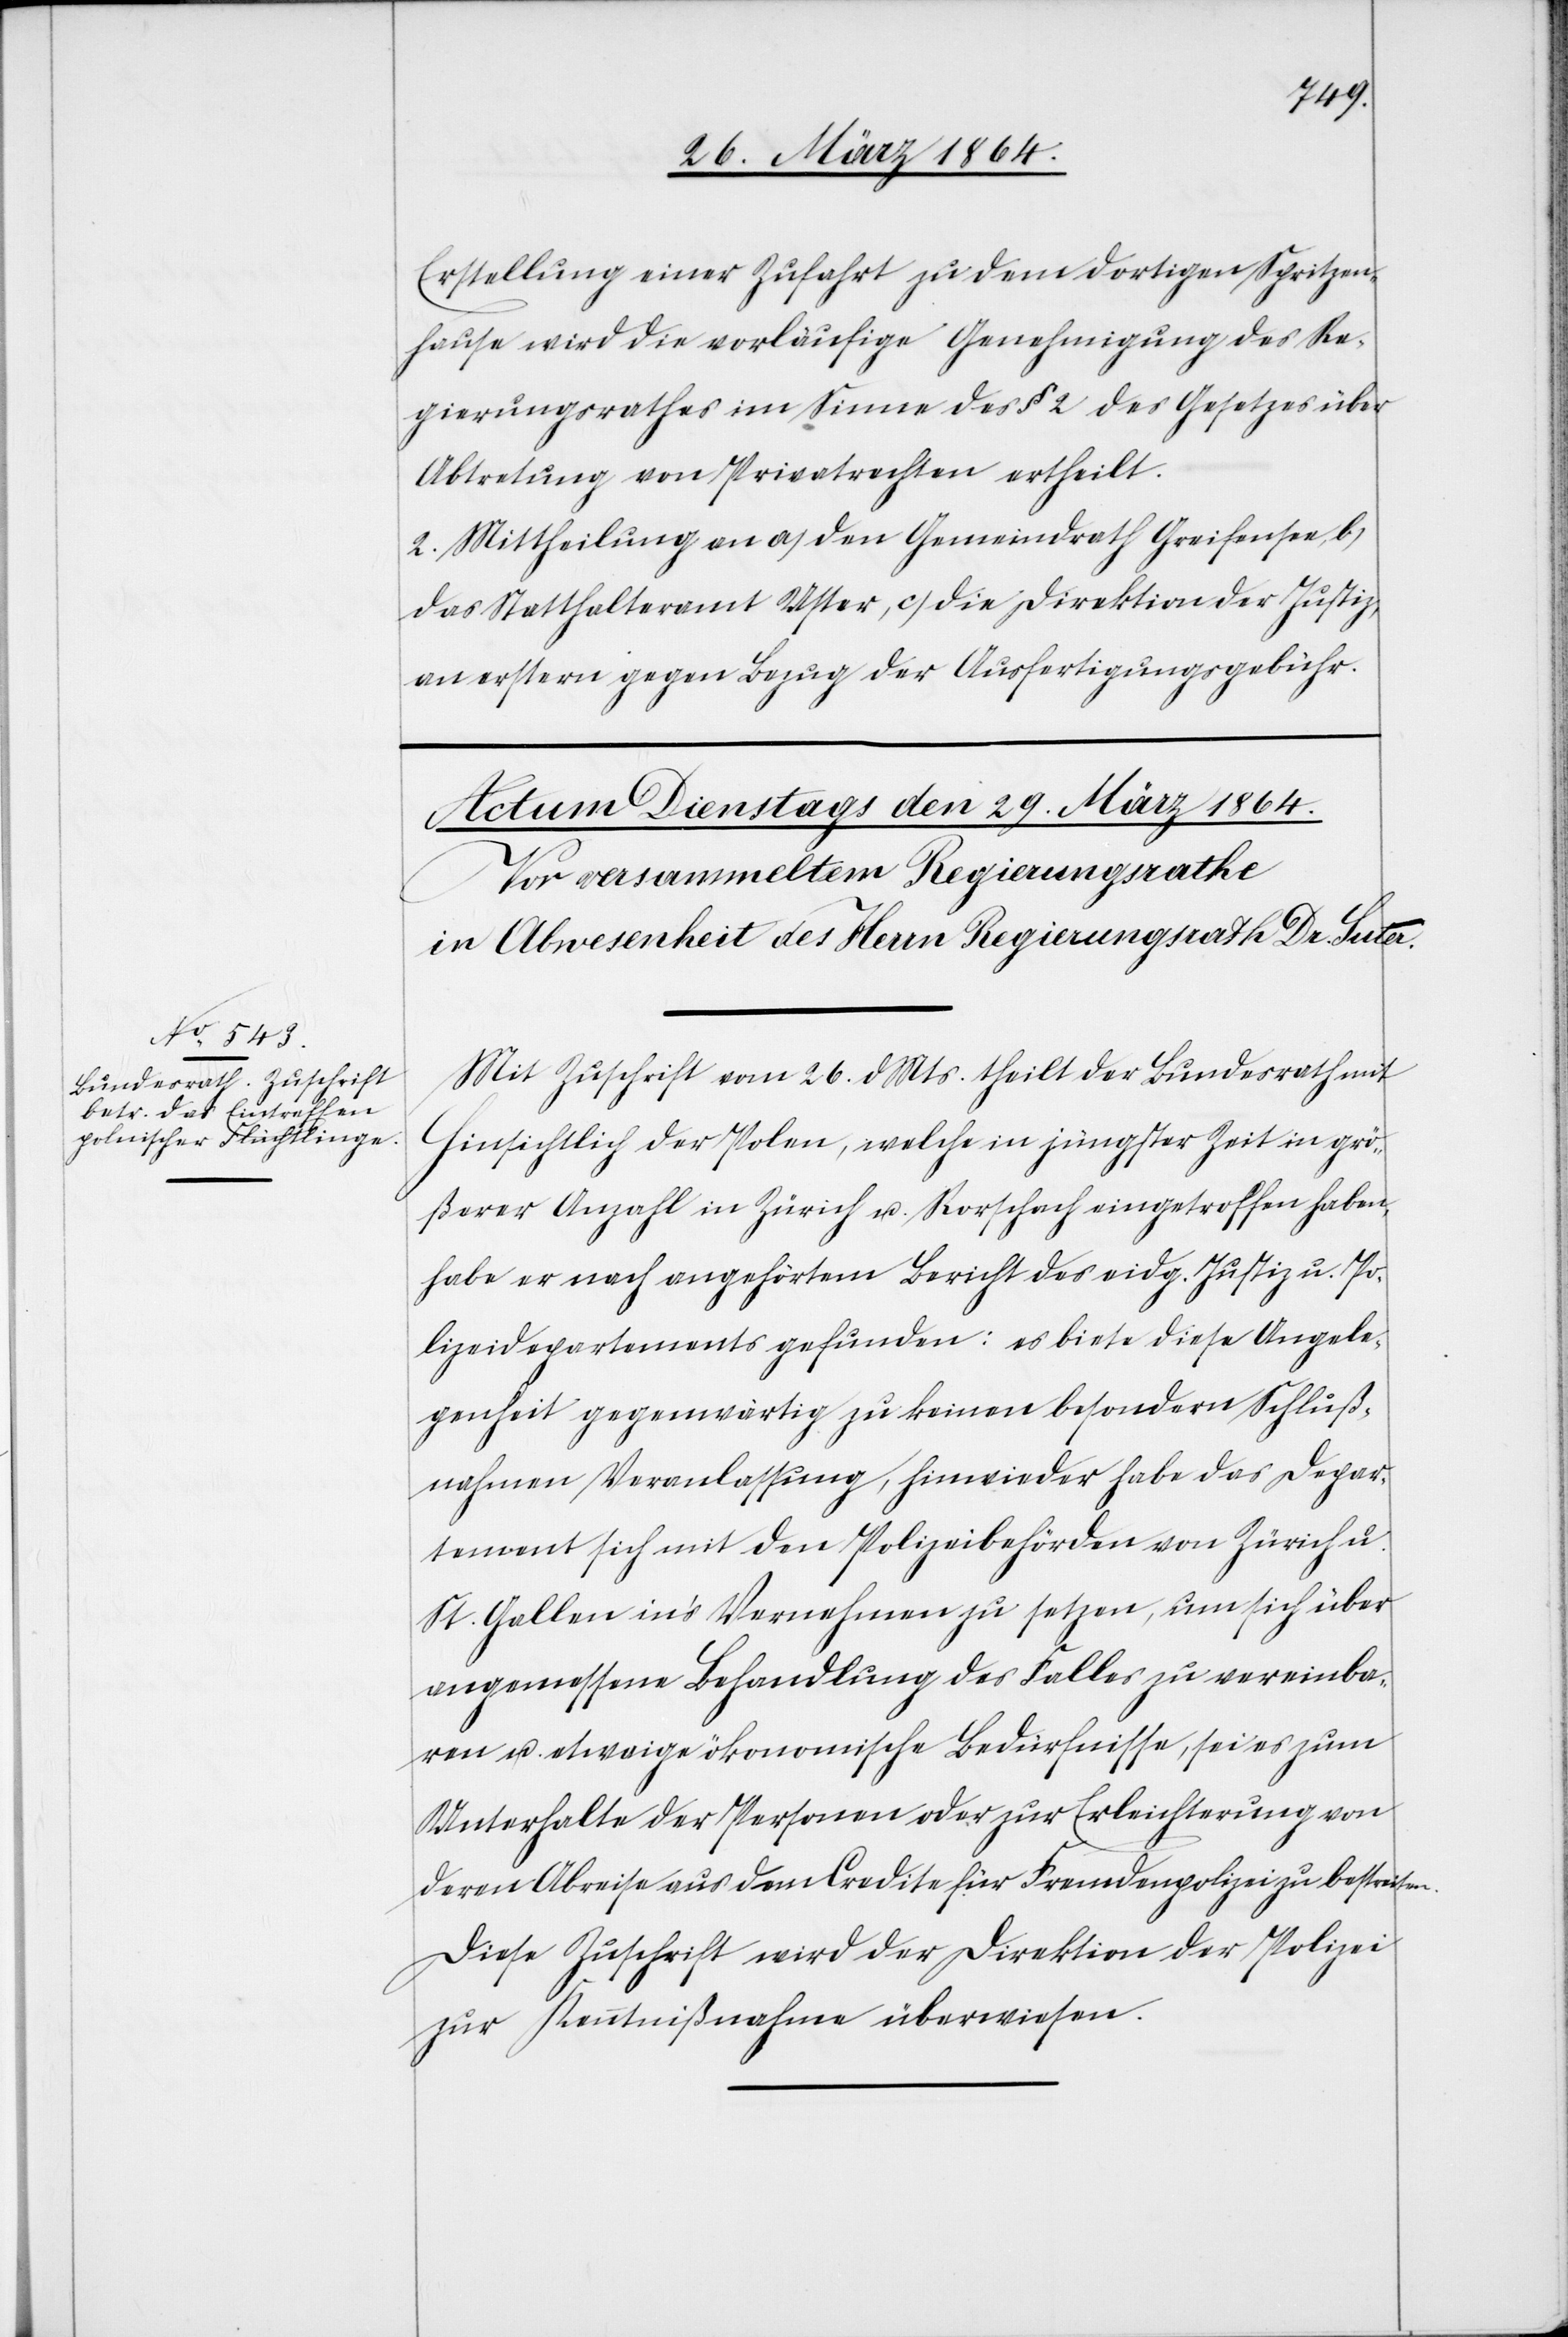
Erstellung einer Zufahrt zu dem dortigen Spritzen¬
hause wird die vorläufige Genehmigung des Re¬
gierungsrathes im Sinne des § 2 des Gesetzes über
Abtretung von Privatrechten ertheilt.
2. Mittheilung an a) den Gemeindrath Greifensee, b)
das Statthalteramt Uster, c) die Direktion der Justiz,
an erstern gegen Bezug der Ausfertigungsgebühr.
Mit Zuschrift vom 26. dMts. theilt der Bundesrath mit[:]
Hinsichtlich der Polen, welche in jüngster Zeit in grö¬
ßerer Anzahl in Zürich u. Rorschach eingetroffen haben,
habe er nach angehörtem Bericht des eidg. Justiz[-] u. Po¬
lizeidepartements gefunden: es biete diese Angele¬
genheit gegenwärtig zu keinen besondern Schluß¬
nahmen Veranlassung, hinwieder habe das Depar¬
tement sich mit den Polizeibehörden von Zürich u.
St. Gallen in’s Vernehmen zu setzen, um sich über
angemessene Behandlung des Falles zu vereinba¬
ren u. etwaige ökonomische Bedürfnisse, sei es zum
Unterhalte der Personen oder zur Erleichterung von
deren Abreise aus dem Credite für Fremdenpolizei zu bestreiten.
Diese Zuschrift wird der Direktion der Polizei
zur Kenntnißnahme überwiesen.